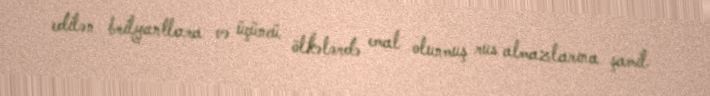
edilən brilyantlara və üçüncü ölkələrdə emal olunmuş rus almazlarına şamil